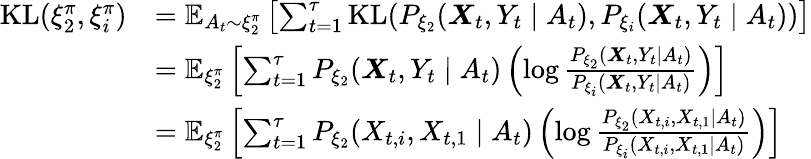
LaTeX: \begin{array}{rl}{\mathrm{KL}(\xi_{2}^{\pi},\xi_{i}^{\pi})}&{=\mathbb{E}_{A_{t}\sim\xi_{2}^{\pi}}\left[\sum_{t=1}^{\tau}\mathrm{KL}(P_{\xi_{2}}(\boldsymbol{X}_{t},Y_{t}\mid A_{t}),P_{\xi_{i}}(\boldsymbol{X}_{t},Y_{t}\mid A_{t}))\right]}\\ &{=\mathbb{E}_{\xi_{2}^{\pi}}\left[\sum_{t=1}^{\tau}P_{\xi_{2}}(\boldsymbol{X}_{t},Y_{t}\mid A_{t})\left(\log\frac{P_{\xi_{2}}(\boldsymbol{X}_{t},Y_{t}\mid A_{t})}{P_{\xi_{i}}(\boldsymbol{X}_{t},Y_{t}\mid A_{t})}\right)\right]}\\ &{=\mathbb{E}_{\xi_{2}^{\pi}}\left[\sum_{t=1}^{\tau}P_{\xi_{2}}(X_{t,i},X_{t,1}\mid A_{t})\left(\log\frac{P_{\xi_{2}}(X_{t,i},X_{t,1}\mid A_{t})}{P_{\xi_{i}}(X_{t,i},X_{t,1}\mid A_{t})}\right)\right]}\end{array}